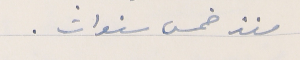
منذ خمس سنوات.